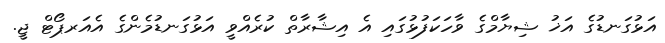
އަޅުގަނޑުގެ އަޚު ޝިޔާމްގެ ވާހަކަފުޅުގައި އެ އިޝާރާތް ކުރެއްވީ އަޅުގަނޑުމެންގެ އެއަރޕޯޓް ޖީ.